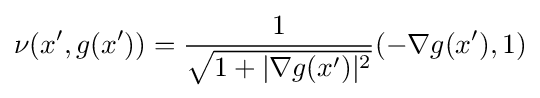
\nu (x',g(x'))={\frac {1}{\sqrt {1+|\nabla g(x')|^{2}}}}(-\nabla g(x'),1)